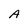
Character: A